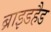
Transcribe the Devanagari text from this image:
ब्राइडहैड